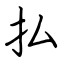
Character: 払